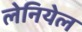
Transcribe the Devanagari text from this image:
लेनियेल